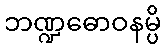
ဘဏ္ဍဓောဝနမ္ပိ